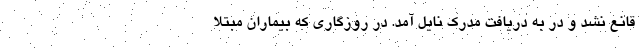
قانع نشد و در به دریافت مدرک نایل آمد. در روزگاری که بیماران مبتلا